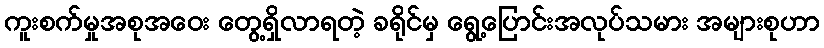
ကူးစက်မှုအစုအဝေး တွေ့ရှိလာရတဲ့ ခရိုင်မှ ရွေ့ပြောင်းအလုပ်သမား အများစုဟာ